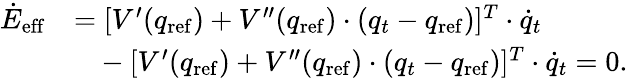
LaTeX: \begin{array}{rl}{\dot{E}_{\mathrm{eff}}}&{=[V^{\prime}(q_{\mathrm{ref}})+V^{\prime\prime}(q_{\mathrm{ref}})\cdot(q_{t}-q_{\mathrm{ref}})]^{T}\cdot\dot{q}_{t}}\\ &{~~~-[V^{\prime}(q_{\mathrm{ref}})+V^{\prime\prime}(q_{\mathrm{ref}})\cdot(q_{t}-q_{\mathrm{ref}})]^{T}\cdot\dot{q}_{t}=0.}\end{array}